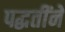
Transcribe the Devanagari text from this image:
पद्धतींने